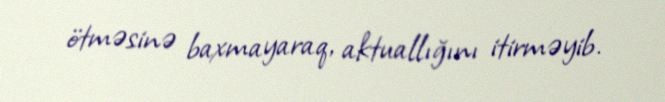
ötməsinə baxmayaraq, aktuallığını itirməyib.